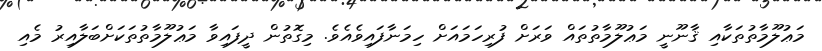
މަޢުލޫމާތުތަކާއި ޤާނޫނީ މަޢުލޫމާތުތައް ވަރަށް ފުރިހަމައަށް ހިމަނާފައިވެއެވެ. މިގޮތުން ދީފައިވާ މަޢުލޫމާތުތަކަށްބަލާއިރު މެއި